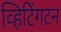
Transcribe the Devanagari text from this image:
व्हिटिंगटन